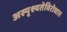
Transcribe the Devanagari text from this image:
अस्पृश्यतेविरोधात